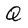
Character: Q